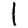
Digit: 1